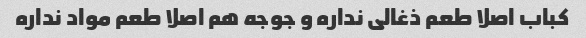
کباب اصلا طعم ذغالی نداره و جوجه هم اصلا طعم مواد نداره